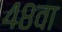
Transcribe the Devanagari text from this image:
४८वा